Trukikaitis_Postimees, lk 87
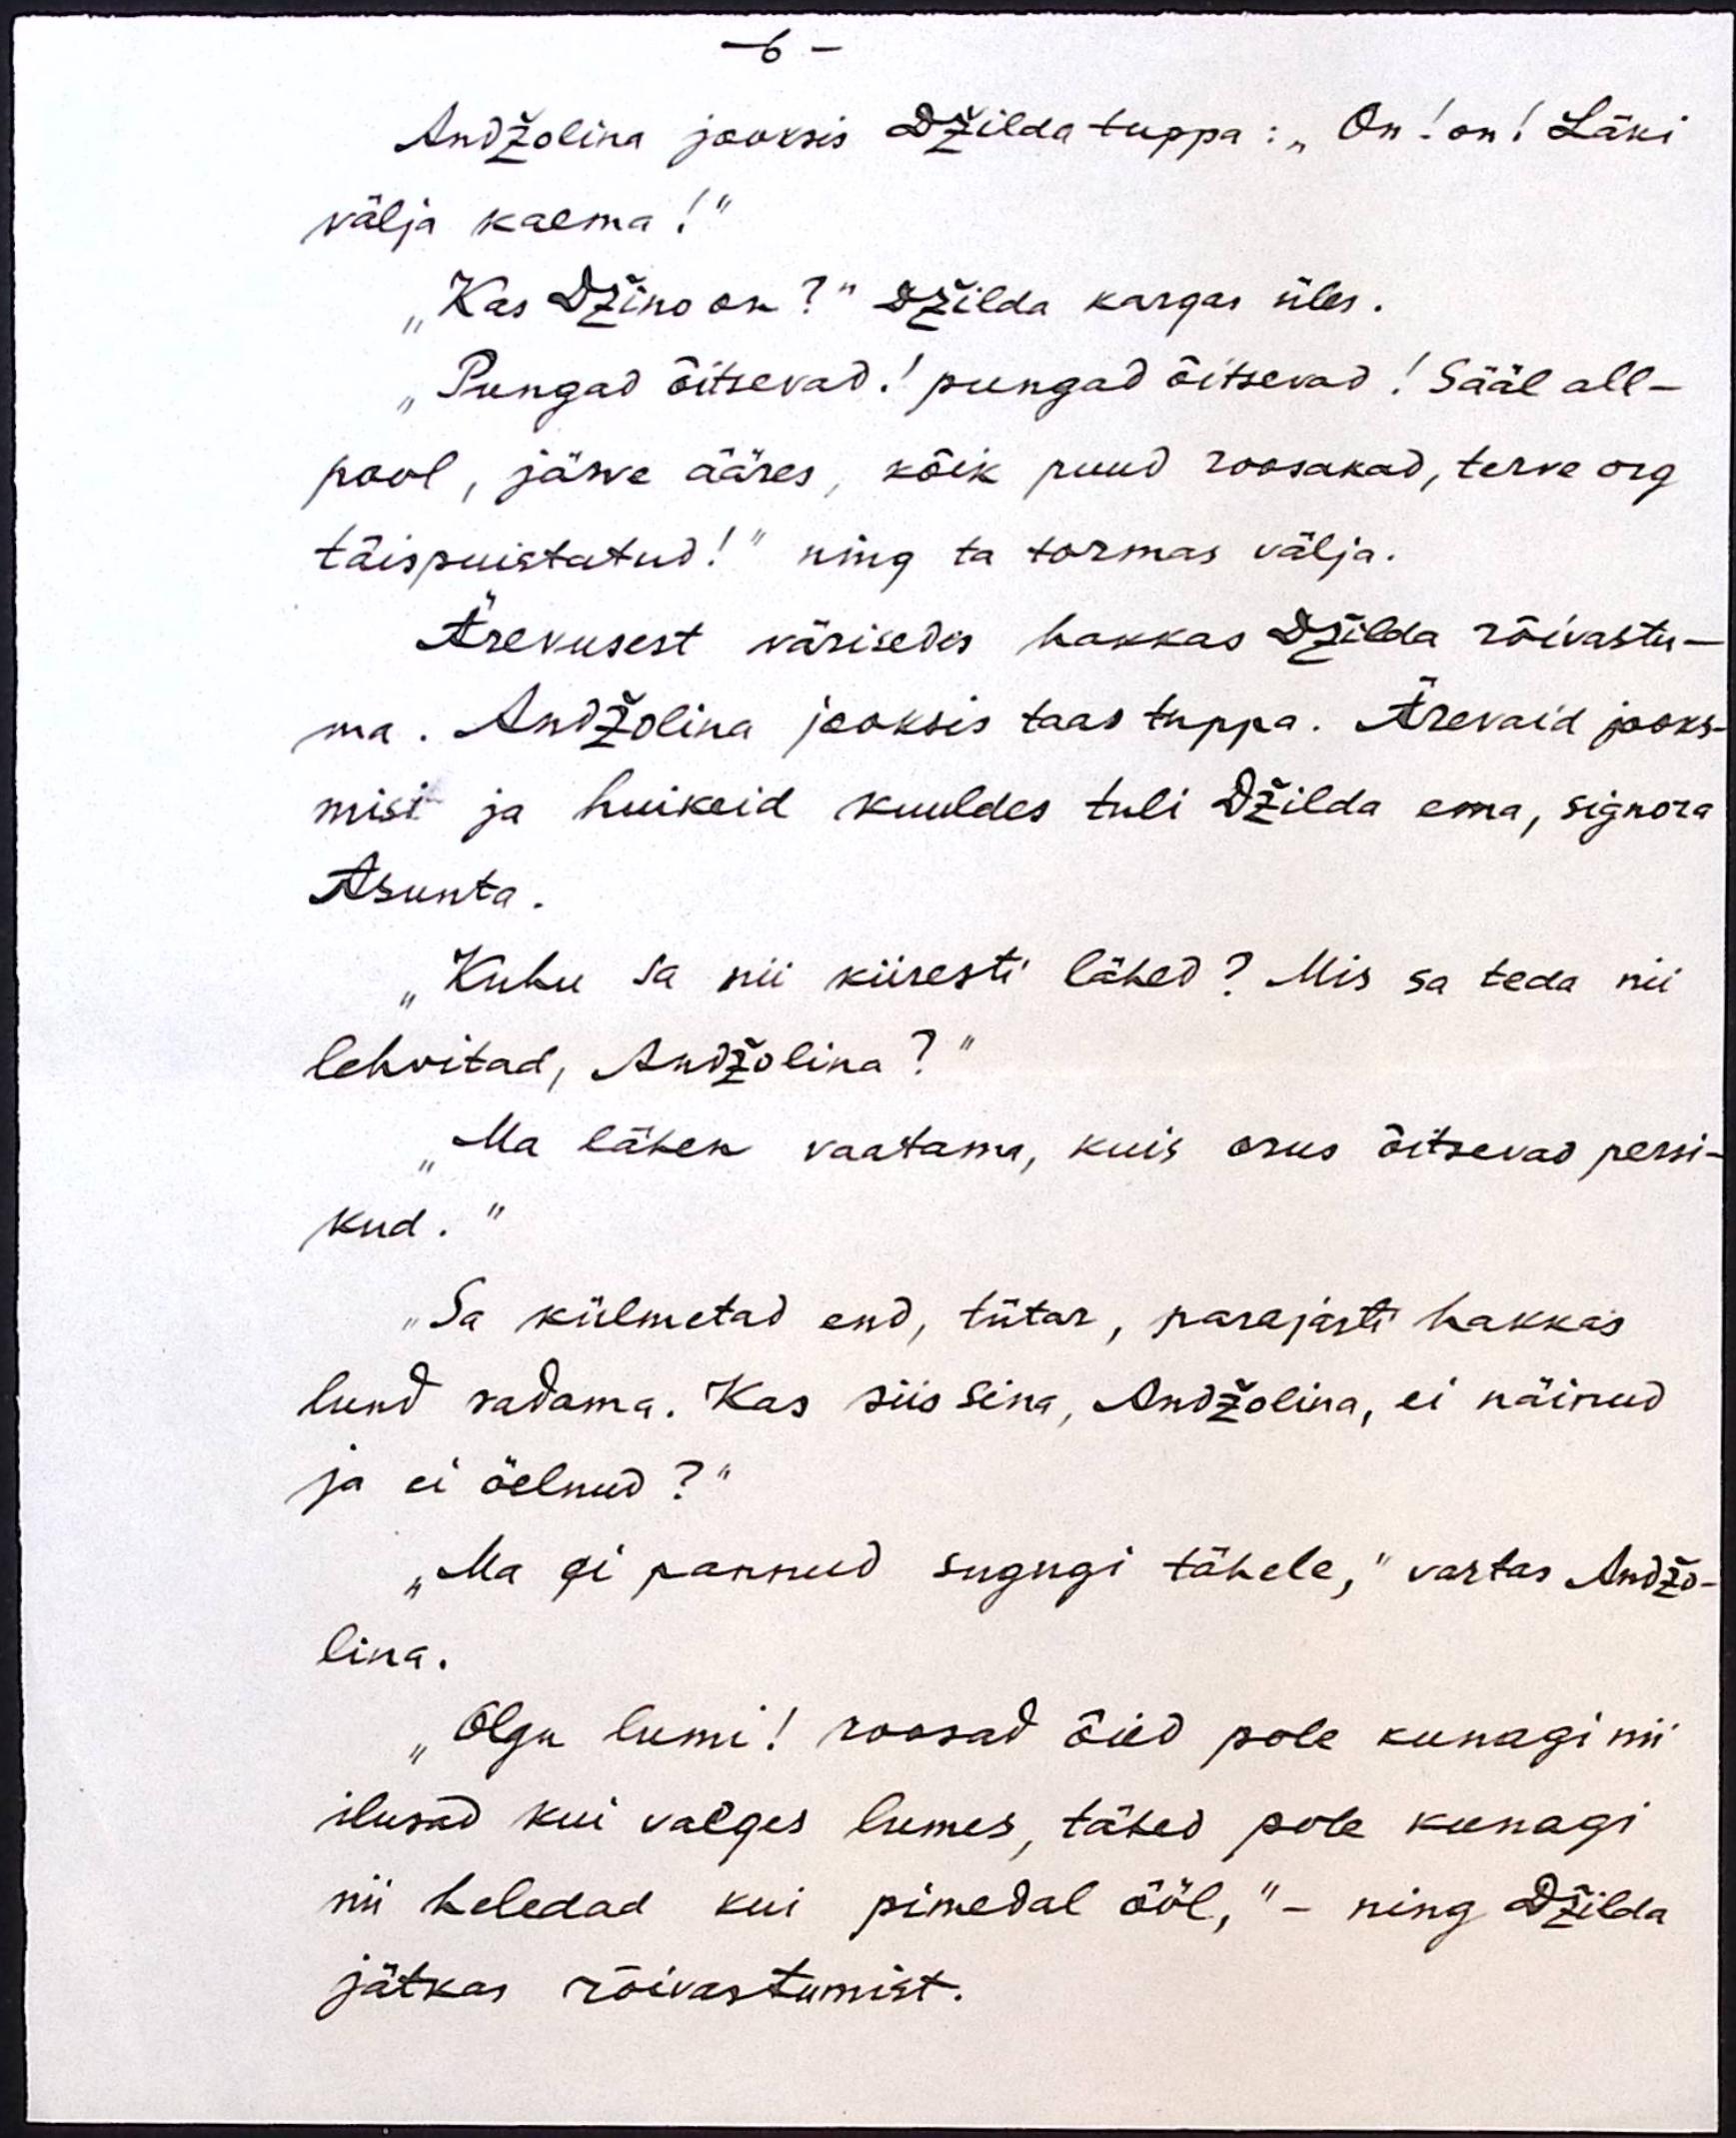
- 6 -
Andžolina jooksis Džilda tuppa:"On! on! Läki
välja kaema!"
"Kas Džino on?" Džilda kargas üles.
"Pungad õitsevad! pungad õitsevad! Sääl all-
pool, järve ääres, kõik puud roosakad, terve org
täispuistatud!" ning ta tormas välja.
Ärevusest värisedes hakkas Džilda rõivastu-
ma. Andžolina jooksis taas tuppa. Ärevaid jooks-
misi ja huikeid kuuldes tuli Džilda ema, signora
Asunta.
"Kuhu sa nii kiiresti lähed? Mis sa teda nii
lehvitad, Andžolina?“
"Ma lähen vaatama, kuis orus õitsevad persi-
kud. "
"Sa külmetad end, tütar, parajasti hakkas
lund sadama. Kas siis sina, Andžolina, ei näinud
ja ei öelnud?"
„Ma ei pannud sugugi tähele,“ vastas Andžo-
lina.
"Olgu lumi! roosad õied pole kunagi nii
ilusad kui valges lumes, tähed pole kunagi
nii heledad kui pimedal ööl," - ning Džilda
jätkas rõivastumist.